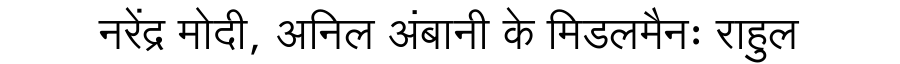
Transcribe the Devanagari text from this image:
नरेंद्र मोदी, अनिल अंबानी के मिडलमैनः राहुल